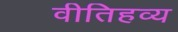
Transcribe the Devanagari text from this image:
वीतिहव्य